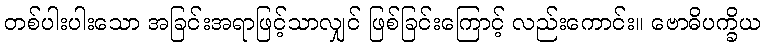
တစ်ပါးပါးသော အခြင်းအရာဖြင့်သာလျှင် ဖြစ်ခြင်းကြောင့် လည်းကောင်း။ ဗောဓိပက္ခိယ